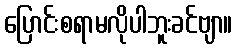
ပြောင်းစရာမလိုပါဘူးခင်ဗျာ။